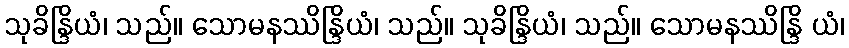
သုခိန္ဒြိယံ၊ သည်။ သောမနဿိန္ဒြိယံ၊ သည်။ သုခိန္ဒြိယံ၊ သည်။ သောမနဿိန္ဒြိ ယံ၊